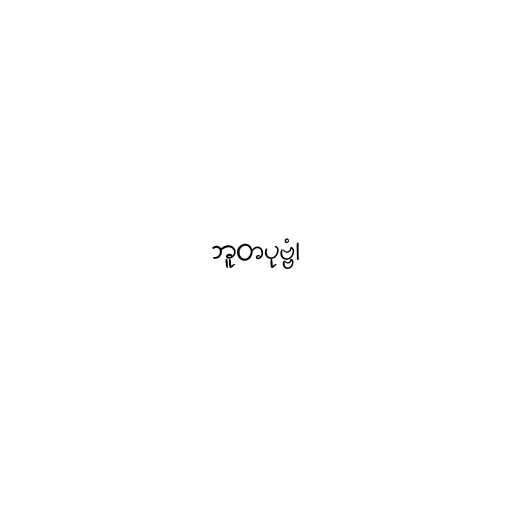
ဘူတပုဗ္ဗံ၊